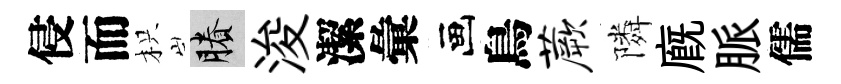
侵而枳賸浚潔彙画鳥蕨隣廐脈儒